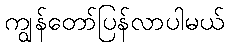
ကျွန်တော်ပြန်လာပါမယ်